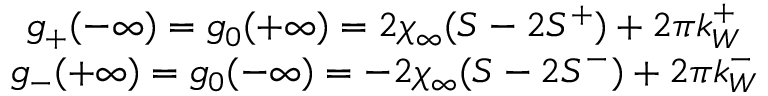
\begin{array} { c } { { g _ { + } ( - \infty ) = g _ { 0 } ( + \infty ) = 2 \chi _ { \infty } ( S - 2 S ^ { + } ) + 2 \pi k _ { W } ^ { + } } } \\ { { g _ { - } ( + \infty ) = g _ { 0 } ( - \infty ) = - 2 \chi _ { \infty } ( S - 2 S ^ { - } ) + 2 \pi k _ { W } ^ { - } } } \end{array}